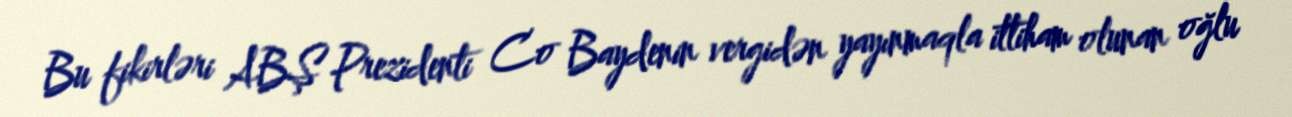
Bu fikirləri ABŞ Prezidenti Co Baydenin vergidən yayınmaqla ittiham olunan oğlu